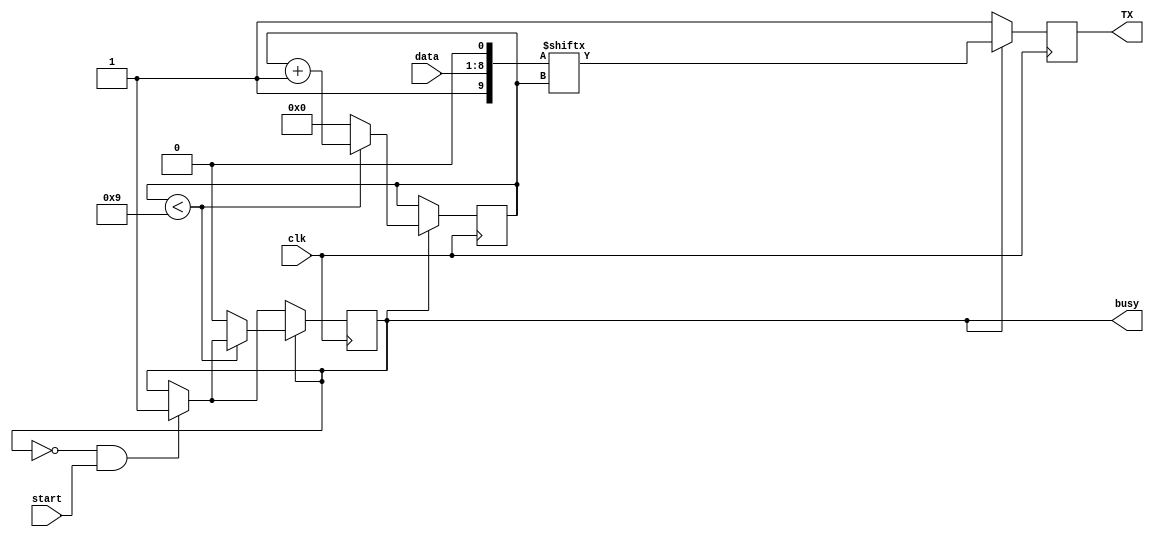
// Simple 8-bit UART transmitter
// Description:
// - Sends data in 8-bit chunks, LSB first
// - No parity
// - Single start and stop bit
// - Starts transmitting when start line is pulsed

module UART_TX (
    input clk,        // baudrate
    input start,      // start transmitting
    input [7:0] data, // data to transmit 
    output reg busy,  // high when transmitting
    output reg TX     // UART transmit line
);

wire [9:0] datafill;
reg  [3:0] index;
assign datafill = {1'b1, data[7:0], 1'b0};

always @(posedge clk) begin
    if (~busy & start) busy <= 1;
    if (busy) begin
        TX <= datafill[index];
        if (index < 9) 
            index <= index + 1'b1;
        else begin
            busy <= 0;
            index <= 0;
        end
    end else TX <= 1;
end

endmodule